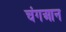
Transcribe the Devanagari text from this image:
चंगआन